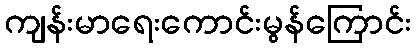
ကျန်းမာရေးကောင်းမွန်ကြောင်း